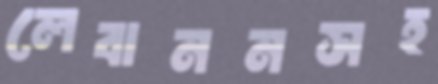
লেবাননসহ